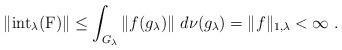
LaTeX: \begin{align*}\|\mathrm{int}_\lambda(\mathrm{F})\|\leq\int_{G_\lambda}\|f(g_\lambda)\|\;d\nu(g_\lambda)=\|f\|_{1,\lambda}<\infty\;.\end{align*}